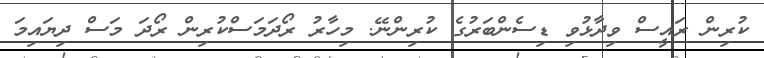
ކުރިން ރައީސް ވިދާޅުވި ޑިސެންބަރުގެ ކުރިންނޭ. މިހާރު ރޯދަމަސްކުރިން ރޯދަ މަސް ދިޔައިމަ